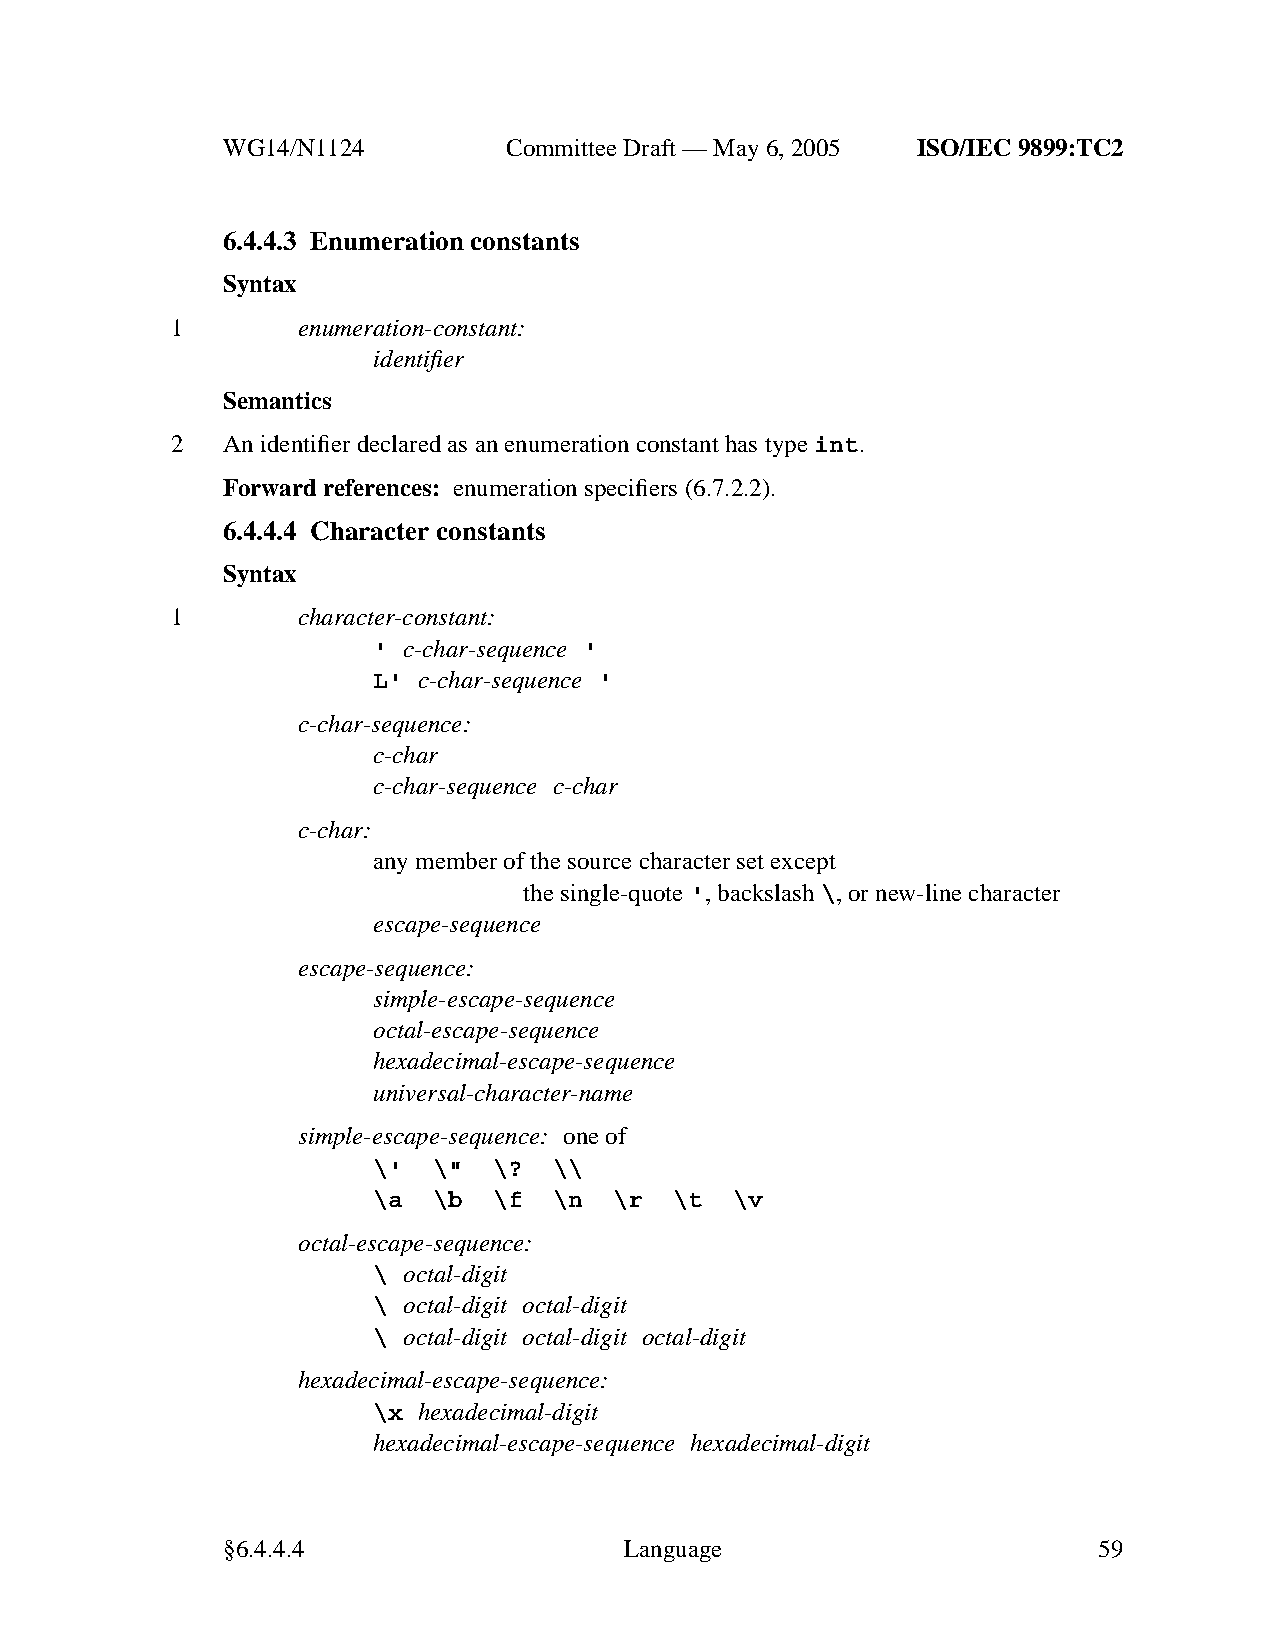
WG14/N1124        CommitteeDraft — May 6, 2005 ISO/IEC 9899:TC2
 6.4.4.3 Enumeration constants
 Syntax
 1        enumeration-constant:
 identifier
 Semantics
 2   An identifier declared as an enumeration constant has type int.
 Forward references: enumeration specifiers (6.7.2.2).
 6.4.4.4 Character constants
 Syntax
 1        character-constant:
 ' c-char-sequence '
 L' c-char-sequence '
 c-char-sequence:
 c-char
 c-char-sequence c-char
 c-char:
 anymember of the source character set except
 the single-quote ',backslash\,ornew-line character
 escape-sequence
 escape-sequence:
 simple-escape-sequence
 octal-escape-sequence
 hexadecimal-escape-sequence
 universal-character-name
 simple-escape-sequence: one of
 \'  \"  \?  \\
 \a  \b  \f  \n  \r  \t  \v
 octal-escape-sequence:
 \ octal-digit
 \ octal-digit octal-digit
 \ octal-digit octal-digit octal-digit
 hexadecimal-escape-sequence:
 \x hexadecimal-digit
 hexadecimal-escape-sequence hexadecimal-digit
 §6.4.4.4                  Language                        59